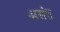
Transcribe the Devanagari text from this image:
असंत